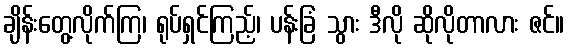
ချိန်းတွေ့လိုက်ကြ၊ ရုပ်ရှင်ကြည့်၊ ပန်းခြံ သွား ဒီလို ဆိုလိုတာလား ဇင်။